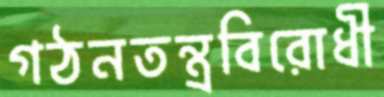
গঠনতন্ত্রবিরোধী